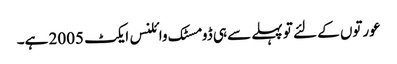
عورتوں کے لئے تو پہلے سے ہی ڈومسٹک وائلنس ایکٹ 2005 ہے۔